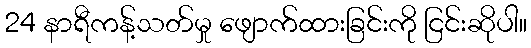
24 နာရီကန့်သတ်မှု ဖျောက်ထားခြင်းကို ငြင်းဆိုပါ။